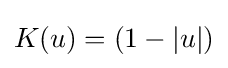
K(u)=(1-|u|)